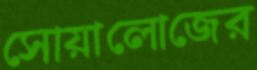
সোয়ালোজের